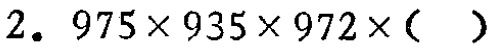
$2.\ 975\times 935\times 972\times(\ )$